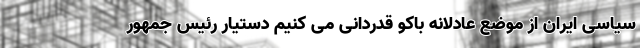
سیاسی ایران از موضع عادلانه باکو قدردانی می کنیم دستیار رئیس جمهور